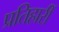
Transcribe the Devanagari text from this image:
प्रतिहारीं